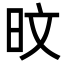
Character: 旼